Civil Veterinary Dept. North-West Frontier Province 1923-32 - 1923-1932
Year: 1923
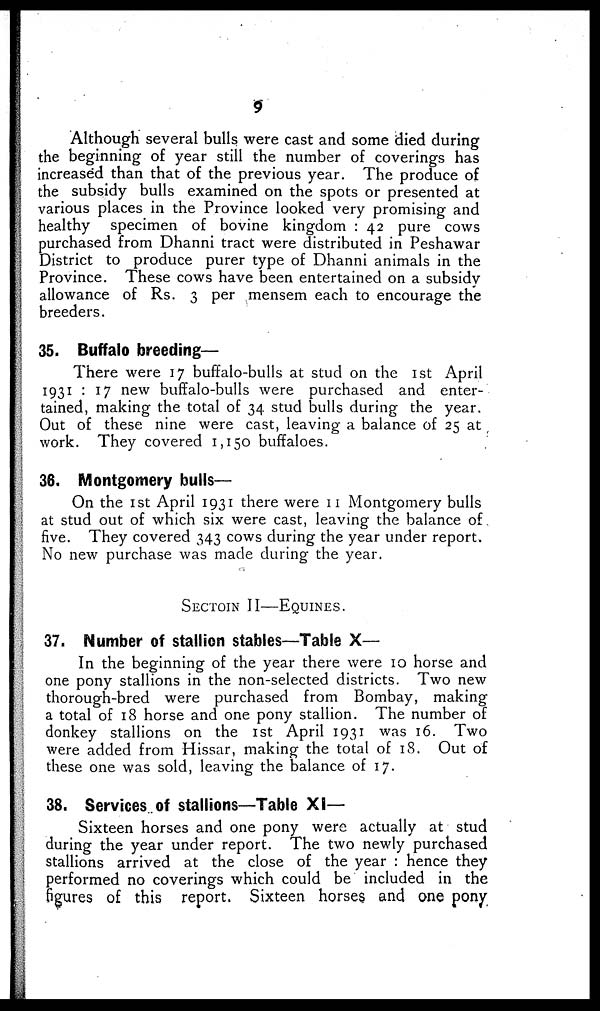
9
Although several bulls were cast and some died during
the beginning of year still the number of coverings has
increased than that of the previous year. The produce of
the subsidy bulls examined on the spots or presented at
various places in the Province looked very promising and
healthy specimen of bovine kingdom : 42 pure cows
purchased from Dhanni tract were distributed in Peshawar
District to produce purer type of Dhanni animals in the
Province. These cows have been entertained on a subsidy
allowance of Rs. 3 per mensem each to encourage the
breeders.
35. Buffalo breeding—
There were 17 buffalo-bulls at stud on the 1st April
1931 : 17 new buffalo-bulls were purchased and enter-
tained, making the total of 34 stud bulls during the year.
Out of these nine were cast, leaving a balance of 25 at
work. They covered 1,150 buffaloes.
36. Montgomery bulls—
On the 1st April 1931 there were 11 Montgomery bulls
at stud out of which six were cast, leaving the balance of
five. They covered 343 cows during the year under report.
No new purchase was made during the year.
SECTION II—EQUINES.
37. Number of stallion stables—Table X—
In the beginning of the year there were 10 horse and
one pony stallions in the non-selected districts. Two new
thorough-bred were purchased from Bombay, making
a total of 18 horse and one pony stallion. The number of
donkey stallions on the 1st April 1931 was 16. Two
were added from Hissar, making the total of 18. Out of
these one was sold, leaving the balance of 17.
38. Services of stallions—Table XI—
Sixteen horses and one pony were actually at stud
during the year under report. The two newly purchased
stallions arrived at the close of the year : hence they
performed no coverings which could be included in the
figures of this report. Sixteen horses and one pony